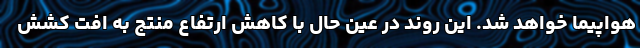
هواپیما خواهد شد. این روند در عین حال با کاهش ارتفاع منتج به افت کشش